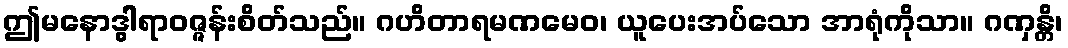
ဤမနောဒွါရာဝဇ္ဇန်းစိတ်သည်။ ဂဟိတာရမဏမေဝ၊ ယူပေးအပ်သော အာရုံကိုသာ။ ဂဏှန္တိ၊